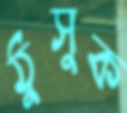
ঠুসুক